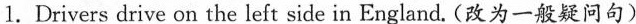
1.Drivers drive on the left side in England.(改为一般疑问句)